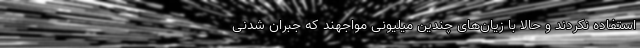
استفاده نکردند و حالا با زیان‌های چندین میلیونی مواجهند که جبران شدنی